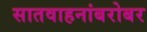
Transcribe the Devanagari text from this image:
सातवाहनांबरोबर